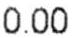
0.00